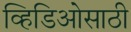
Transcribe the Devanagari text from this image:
व्हिडिओसाठी